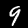
Label: 9